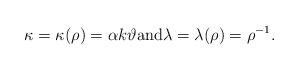
LaTeX: \begin{align*}\kappa=\kappa(\rho)=\alpha k\vartheta\hbox{and}\lambda=\lambda(\rho)=\rho^{-1}.\end{align*}